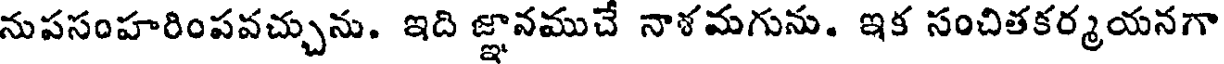
నుపసంహరింపవచ్చును. ఇది జ్ఞానముచే నాళమగును. ఇక సంచితకర్మయనగా